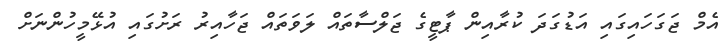
އެމް ޖަގަހައިގައި އަޑުގަދަ ކުރާއިން ޕާޓީގެ ޖަލްސާތައް ލަވަތައް ޖަހާއިރު ރަށުގައި އުޅޭމީހުންނަށް